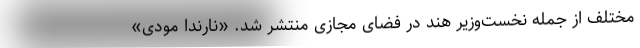
مختلف از جمله نخست‌وزیر هند در فضای مجازی منتشر شد. «نارندا مودی»